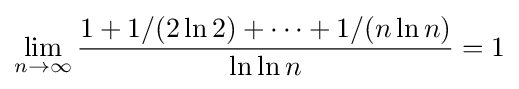
\lim _{n\to \infty }{\frac {1+1/(2\ln 2)+\cdots +1/(n\ln n)}{\ln \ln n}}=1